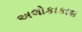
અલોકાકાશ